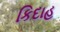
કિદાહ